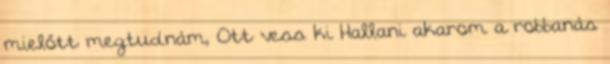
mielőtt megtudnám, Ott vess ki Hallani akarom a robbanás